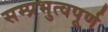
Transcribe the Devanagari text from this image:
सम्प्रभुत्वपूर्ण